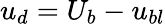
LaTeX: u_{d}=U_{b}-u_{bl}